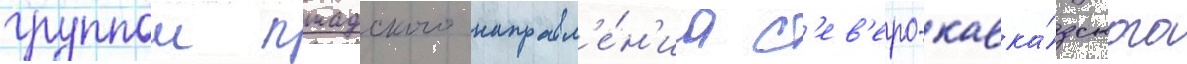
группои пшадского направл'е́н'иа с'ев'еро-кавка́зского